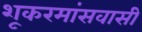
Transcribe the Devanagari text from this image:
शूकरमांसवासी